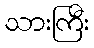
သားကြီး